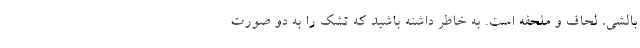
بالشی، لحاف و ملحفه است. به خاطر داشته باشید که تشک را به دو صورت